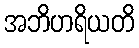
အဘိဟရိယတိ